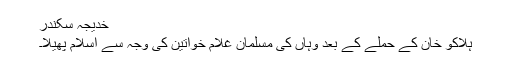
خدیجہ سکندر
ہلاکو خان کے حملے کے بعد وہاں کی مسلمان غلام خواتین کی وجہ سے اسلام پھیلا۔